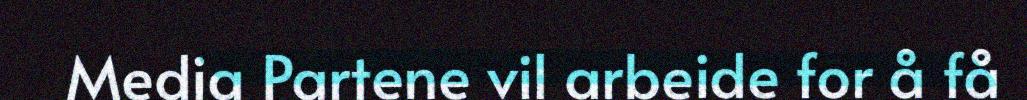
Media Partene vil arbeide for å få